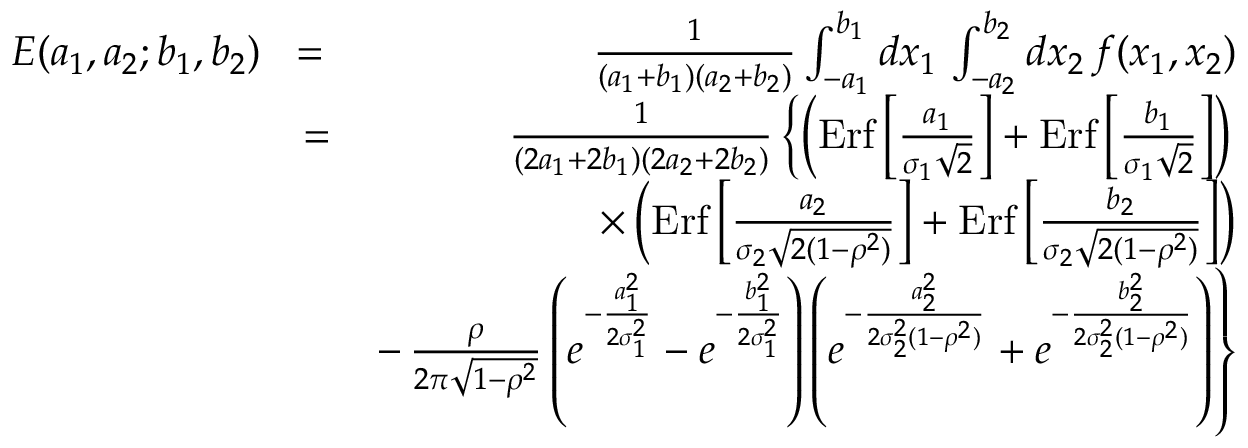
\begin{array} { r l r } { E ( a _ { 1 } , a _ { 2 } ; b _ { 1 } , b _ { 2 } ) } & { \! = \! } & { { \frac { 1 } { ( a _ { 1 } + b _ { 1 } ) ( a _ { 2 } + b _ { 2 } ) } } \int _ { - a _ { 1 } } ^ { b _ { 1 } } d x _ { 1 } \, \int _ { - a _ { 2 } } ^ { b _ { 2 } } d x _ { 2 } \, f ( x _ { 1 } , x _ { 2 } ) } \\ & { = } & { { \frac { 1 } { ( 2 a _ { 1 } + 2 b _ { 1 } ) ( 2 a _ { 2 } + 2 b _ { 2 } ) } } \left\{ \left( \mathrm { E r f } \left[ { \frac { a _ { 1 } } { \sigma _ { 1 } \sqrt 2 } } \right] + \mathrm { E r f } \left[ { \frac { b _ { 1 } } { \sigma _ { 1 } \sqrt 2 } } \right] \right) \right. } \\ & { } & { \times \left( \mathrm { E r f } \left[ { \frac { a _ { 2 } } { \sigma _ { 2 } \sqrt { 2 ( 1 - \rho ^ { 2 } ) } } } \right] + \mathrm { E r f } \left[ { \frac { b _ { 2 } } { \sigma _ { 2 } \sqrt { 2 ( 1 - \rho ^ { 2 } ) } } } \right] \right) } \\ & { } & { \left. - \, { \frac { \rho } { 2 \pi \sqrt { 1 - \rho ^ { 2 } } } } \left( e ^ { - { \frac { a _ { 1 } ^ { 2 } } { 2 \sigma _ { 1 } ^ { 2 } } } } - e ^ { - { \frac { b _ { 1 } ^ { 2 } } { 2 \sigma _ { 1 } ^ { 2 } } } } \right) \left( e ^ { - { \frac { a _ { 2 } ^ { 2 } } { 2 \sigma _ { 2 } ^ { 2 } ( 1 - \rho ^ { 2 } ) } } } + e ^ { - { \frac { b _ { 2 } ^ { 2 } } { 2 \sigma _ { 2 } ^ { 2 } ( 1 - \rho ^ { 2 } ) } } } \right) \right\} } \end{array}